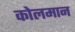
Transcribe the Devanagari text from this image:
कोलमान